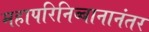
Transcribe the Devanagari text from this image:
महापरिनिब्बानानंतर